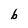
Character: b